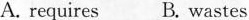
A. requires B. wastes